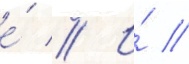
е́ // И́ //